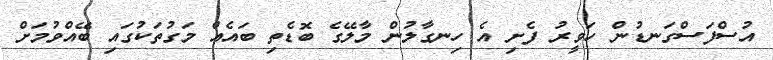
އުސްފަސްގަނޑުން ހަވީރު ފެށި އެ ހިނގާލުން މާލޭގެ ބޮޑެތި ބައެއް މަގުތަކުގައި ބޭއްވުމަށް